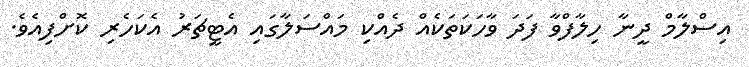
އިސްލާމް ދީނާ ހިލާފްވާ ފަދަ ވާހަކަތަކެއް ދެއްކި މައްސަލާގައި އެޓީޗަރު އެކަހެރި ކޮށްފިއެވެ.